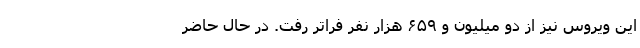
این ویروس نیز از دو میلیون و ۶۵۹ هزار نفر فراتر رفت. در حال حاضر